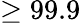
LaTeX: \geq 99.9